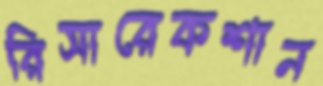
রিসারেকশান